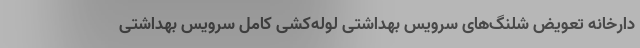
دارخانه تعویض شلنگ‌های سرویس بهداشتی لوله‌کشی کامل سرویس بهداشتی